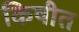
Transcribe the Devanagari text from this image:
किषीत